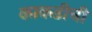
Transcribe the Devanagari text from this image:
काकडीची